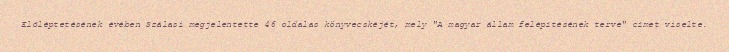
Előléptetésének évében Szálasi megjelentette 46 oldalas könyvecskéjét, mely "A magyar állam felépítésének terve" címet viselte.